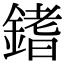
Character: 𨪌